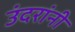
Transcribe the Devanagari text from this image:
उंदरांनी